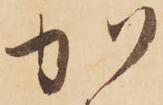
か